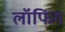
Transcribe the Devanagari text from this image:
लॉफिंग